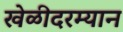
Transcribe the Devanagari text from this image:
खेळीदरम्यान